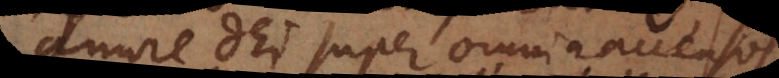
amore Dei super omnia accensos.